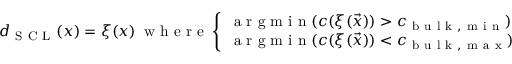
d _ { \mathrm { ~ S ~ C ~ L ~ } } ( \boldsymbol { x } ) = \xi ( \boldsymbol { x } ) \ \mathrm { ~ w ~ h ~ e ~ r ~ e ~ } \left\{ \begin{array} { l l } { \mathrm { ~ a ~ r ~ g ~ m ~ i ~ n ~ } ( c ( \xi ( \vec { x } ) ) > c _ { \mathrm { ~ b ~ u ~ l ~ k ~ , ~ m ~ i ~ n ~ } } ) } & { \quad \mathrm { ~ i ~ f ~ } \ c < c _ { \mathrm { ~ b ~ u ~ l ~ k ~ } } } \\ { \mathrm { ~ a ~ r ~ g ~ m ~ i ~ n ~ } ( c ( \xi ( \vec { x } ) ) < c _ { \mathrm { ~ b ~ u ~ l ~ k ~ , ~ m ~ a ~ x ~ } } ) } & { \quad \textrm { e l s e } } \end{array} \right. .